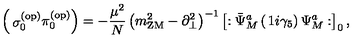
\left( \begin{matrix} { \sigma _ { 0 } ^ { ( \mathrm { o p ) } } } \\ { \pi _ { 0 } ^ { ( \mathrm { o p ) } } } \\ \end{matrix} \right) = - { \frac { \mu ^ { 2 } } { N } } \left( m _ { \mathrm { Z M } } ^ { 2 } - \partial _ { \bot } ^ { 2 } \right) ^ { - 1 } \left[ : \bar { \Psi } _ { M } ^ { a } \left( \begin{matrix} { 1 } \\ { i \gamma _ { 5 } } \\ \end{matrix} \right) \Psi _ { M } ^ { a } : \right] _ { 0 } ,